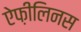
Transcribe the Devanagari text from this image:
ऐफ़ीलिनस